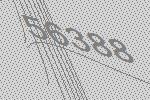
56388